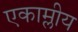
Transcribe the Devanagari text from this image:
एकाम्लीय